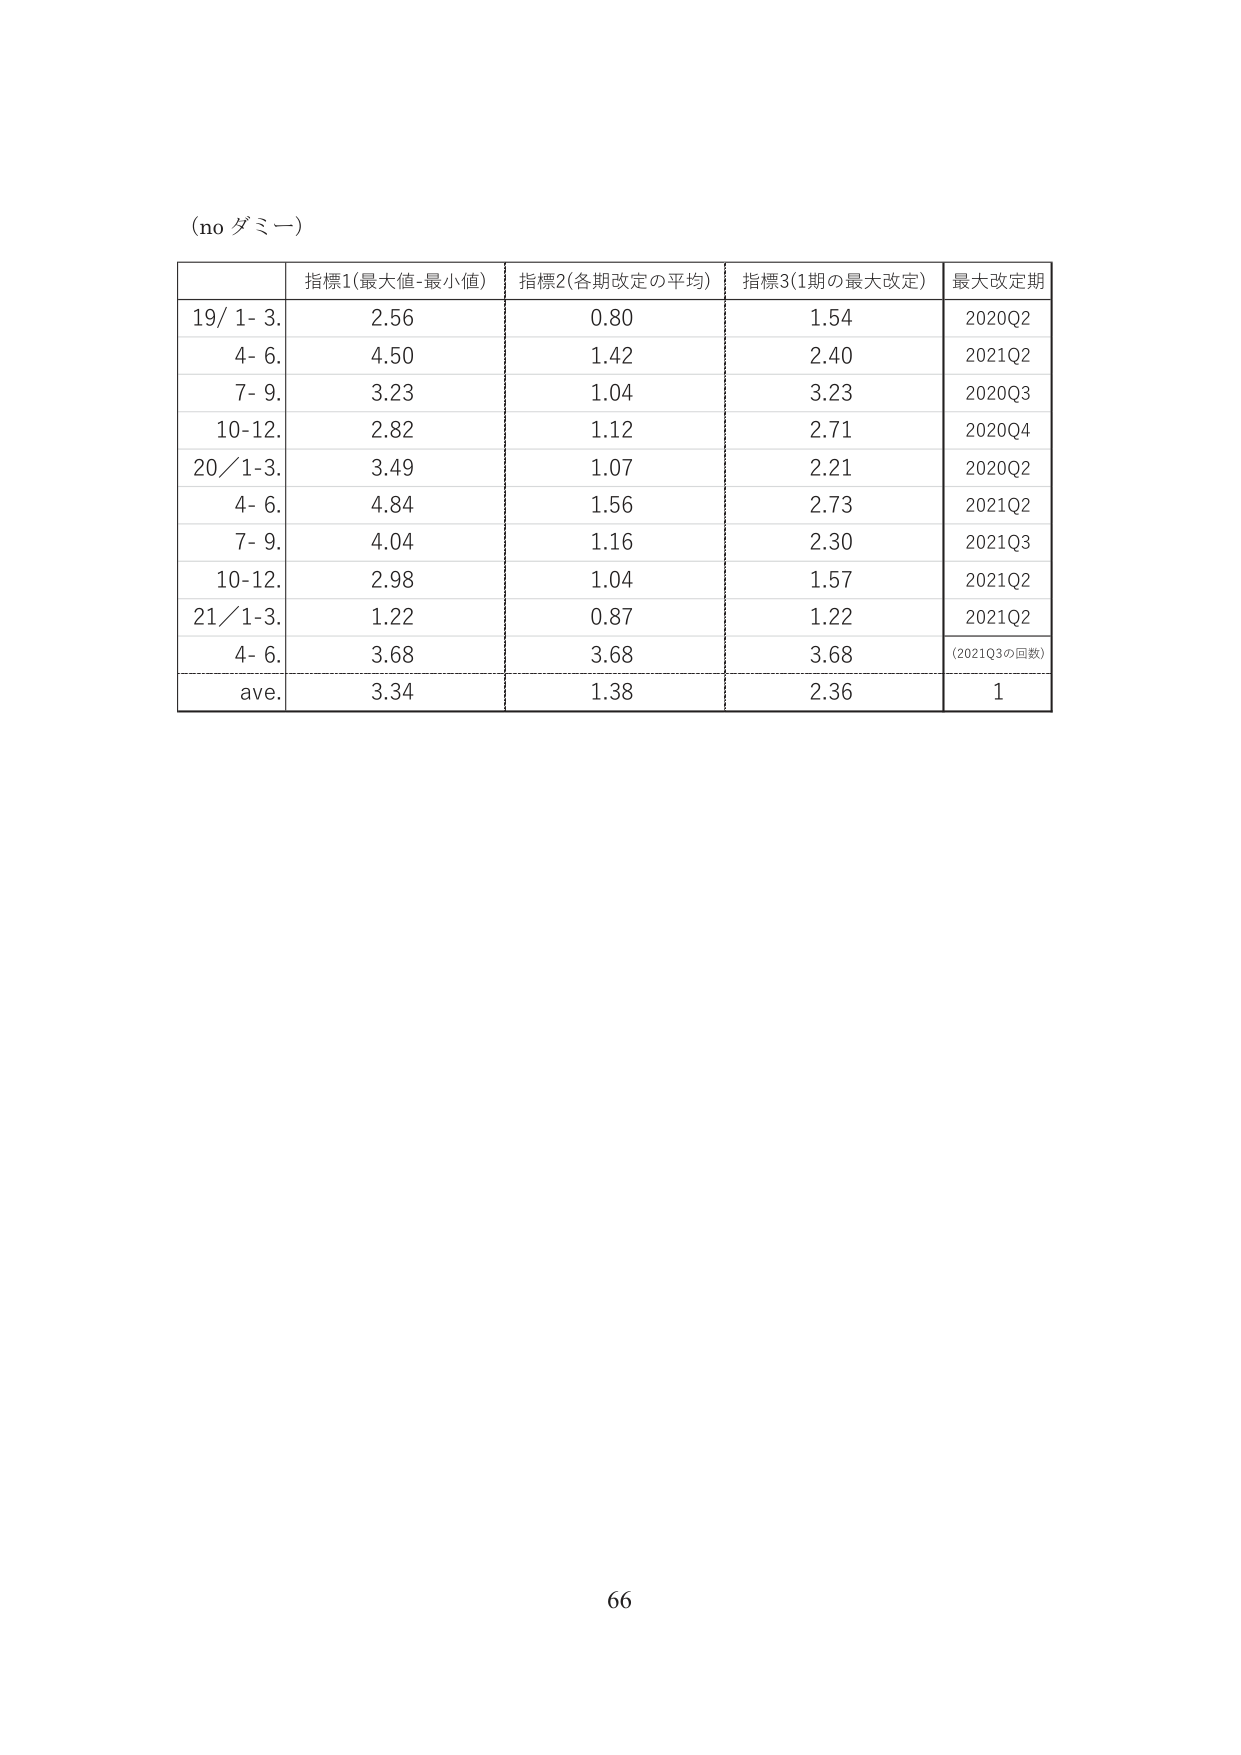
(no ダミー)

指標1(最大値-最小値) 指標2(各期改定の平均) 指標3(1期の最大改定) 最大改定期
19/ 1- 3. 2.56 0.80 1.54 2020Q2
4- 6. 4.50 1.42 2.40 2021Q2
7- 9. 3.23 1.04 3.23 2020Q3
10-12. 2.82 1.12 2.71 2020Q4
20/1-3. 3.49 1.07 2.21 2020Q2
4- 6. 4.84 1.56 2.73 2021Q2
7- 9. 4.04 1.16 2.30 2021Q3
10-12. 2.98 1.04 1.57 2021Q2
21/1-3. 1.22 0.87 1.22 2021Q2
4- 6. 3.68 3.68 3.68 (2021Q3の回数)
ave. 3.34 1.38 2.36 1

66